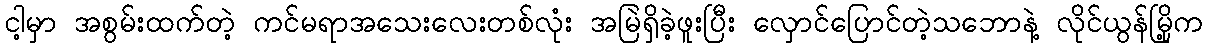
ငါ့မှာ အစွမ်းထက်တဲ့ ကင်မရာအသေးလေးတစ်လုံး အမြဲရှိခဲ့ဖူးပြီး လှောင်ပြောင်တဲ့သဘောနဲ့ လိုင်ယွန်မြို့က